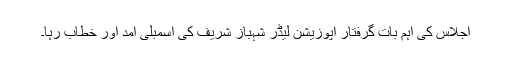
اجلاس کی اہم بات گرفتار اپوزیشن لیڈر شہباز شریف کی اسمبلی آمد اور خطاب رہا۔